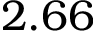
2 . 6 6